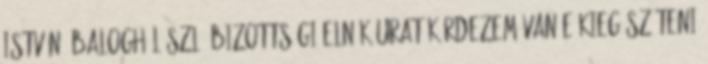
István: Balogh László bizottsági elnök urat kérdezem van-e kiegészíteni